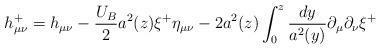
LaTeX: \begin{align*}h_{\mu\nu}^+= h_{\mu\nu}-\frac{U_B}{2}a^2(z)\xi^+\eta_{\mu\nu}-2a^2(z)\int_0^z\frac{dy}{a^2(y)}\partial_{\mu}\partial_{\nu}\xi^+\end{align*}